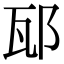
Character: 邷